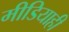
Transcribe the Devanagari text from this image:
मीडियाही